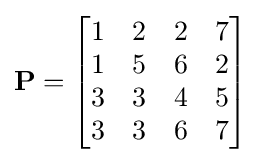
\mathbf {P} ={\begin{bmatrix}1&2&2&7\\1&5&6&2\\3&3&4&5\\3&3&6&7\end{bmatrix}}